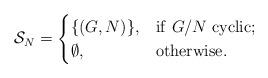
LaTeX: \begin{align*} \mathcal{S}_{N} = \begin{cases} \{(G, N)\}, & {\rm if} ~G/N~{\rm cyclic;}\\ \emptyset, & {\rm otherwise.} \end{cases} \end{align*}